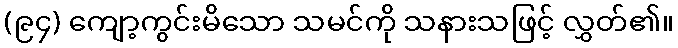
(၉၄) ကျော့ကွင်းမိသော သမင်ကို သနားသဖြင့် လွှတ်၏။